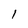
Character: 1